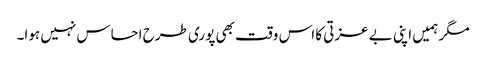
مگر ہمیں اپنی بے عزتی کا اس وقت بھی پوری طرح احساس نہیں ہوا۔